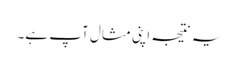
یہ نتیجہ اپنی مثال آپ ہے۔